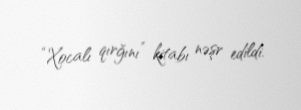
“Xocalı qırğını” kitabı nəşr edildi.